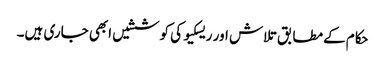
حکام کےمطابق تلاش اور ریسکیو کی کوششیں ابھی جاری ہیں۔